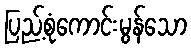
ပြည့်စုံကောင်းမွန်သော